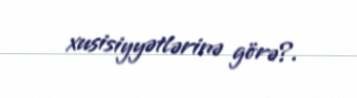
xusisiyyətlərinə görə?.